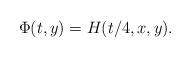
LaTeX: \begin{align*}\Phi(t,y)=H(t/4, x,y).\end{align*}